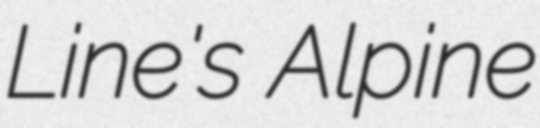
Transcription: Line's Alpine